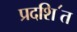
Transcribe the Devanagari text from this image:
प्रदशि॔त